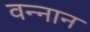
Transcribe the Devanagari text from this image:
वन्नान